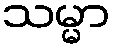
သမ္မာ